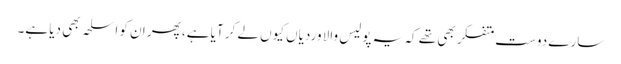
سارے دوست متفکر بھی تھے کہ یہ پولیس والا وردیاں کیوں لے کر آیا ہے، پھر ان کو اسلحہ بھی دیا ہے۔